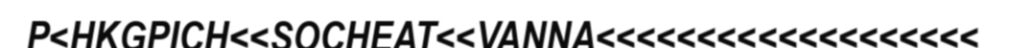
P<HKGPICH<<SOCHEAT<<VANNA<<<<<<<<<<<<<<<<<<<